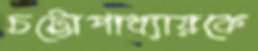
চট্টোপাধ্যায়কে